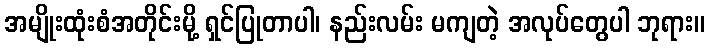
အမျိုးထုံးစံအတိုင်းမို့ ရှင်ပြုတာပါ၊ နည်းလမ်း မကျတဲ့ အလုပ်တွေပါ ဘုရား။